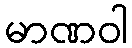
မာဏဝါ